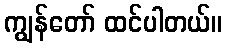
ကျွန်တော် ထင်ပါတယ်။